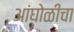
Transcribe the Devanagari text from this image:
आंघोळीचा